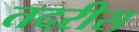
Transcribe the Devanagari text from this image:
तदरीस